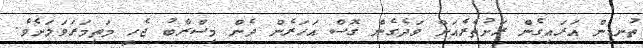
ތުނޑިން އަރައިގެން ރަށުތެރެއަށް ވަދެގެން ގޮސް އަހަރެން ދެން މިސްރާބު ޖެހީ މަތިމަރަވަލަށެވެ.